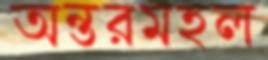
অন্তরমহল